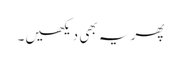
پھر یہ بھی دیکھیں۔